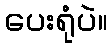
ပေးရုံပဲ။